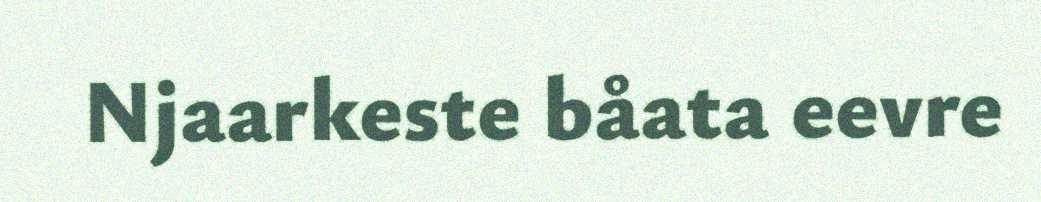
Njaarkeste båata eevre